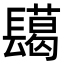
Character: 𮤅